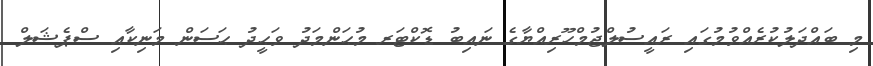
މި ބައްދަލުކުރެއްވުމުގައި ރައީސުލްޖުމްހޫރިއްޔާގެ ނައިބު ޑޮކްޓަރ މުޙަންމަދު ވަޙީދު ޙަސަން މަނިކާއި ސްޕެޝަލް